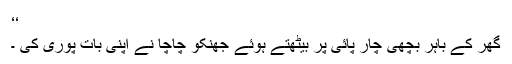
‘‘
گھر کے باہر بچھی چار پائی پر بیٹھتے ہوئے جھنکو چاچا نے اپنی بات پوری کی ۔